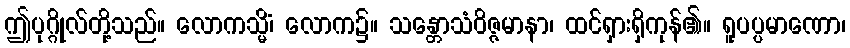
ဤပုဂ္ဂိုလ်တို့သည်။ လောကသ္မိံ၊ လောက၌။ သန္တောသံဝိဇ္ဇမာနာ၊ ထင်ရှားရှိကုန်၏။ ရူပပ္ပမာဏော၊